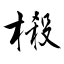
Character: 榝